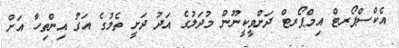
އެކްސްޕޯރޓް އިމްޕޯރޓް ދަށްވީކީނޫން މުދަލުގެ އަދު ދަށީ ތެލުގެ އަގު އިންތިހާ އަށް